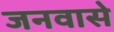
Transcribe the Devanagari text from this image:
जनवासे